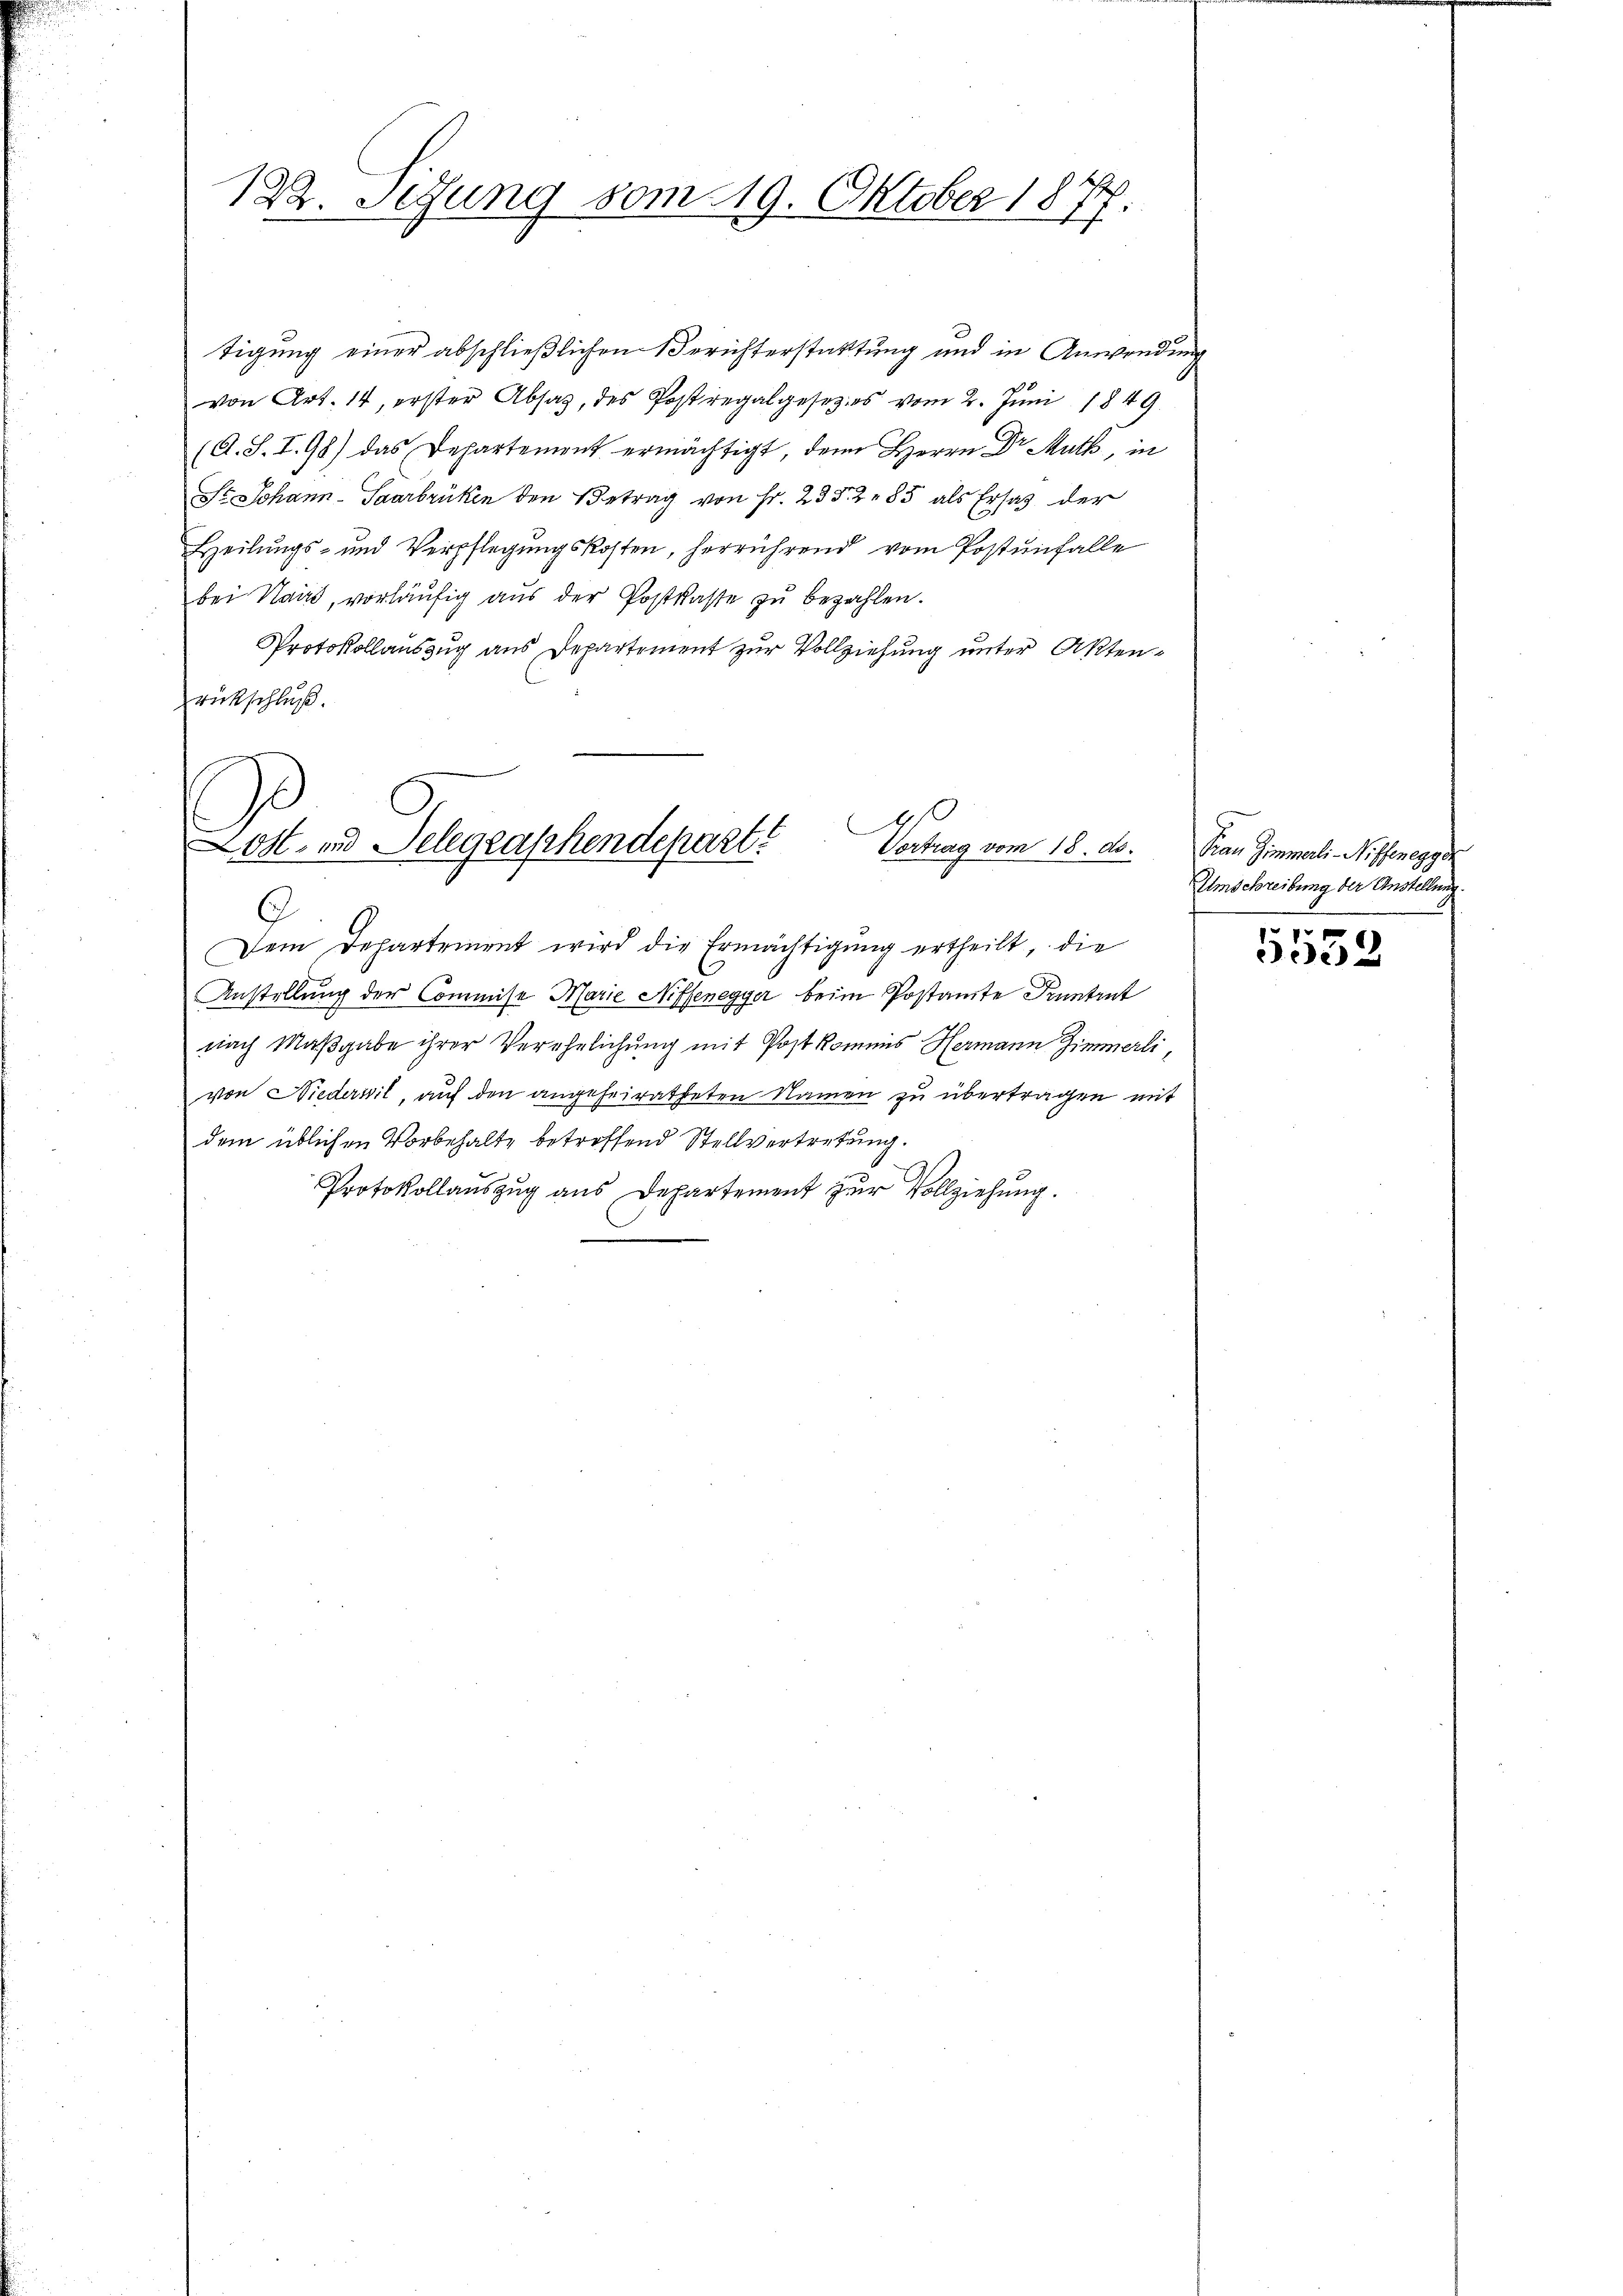
122. Setzung vom 19. Oktober 1877.

tigung einer abschließlichen Berichterstatttung und in Anwendung
von Art. 14, erster Absaz, des Postregalgesetzes vom 2. Juni 1849
(A. S. I. 98) das Departement ermächtigt, den Herrn Dr. Muth, in
St. Johann-Saarbrüken den Betrag von Fr. 23 § 285 als Ersatz der
Heilungs- und Verpflegungskosten, herrührend vom Postenfalle
bei Nand, vorläufig aus der Postkasse zu bezahlen.
Protokollauszug aus Departement zur Vollziehung unter Akten¬
Frütschluß.
E
4
Lost- und Selegraschendepart?
Vortrag vom 18. ds.
9
Dem Departement wird die Ermächtigŭng ertheilt, die
Anstellung der Commise Marie Niffenegger beim Postamte Pruntrut
nach Maßgabe ihrer Verehelichung mit Post kommis Hermann Zimmerli,
von Niedervil, auf den angeheiratheten Namen zu übertragen mit
dem üblichen Vorbehalte betreffend Stellvertretung.
Protokollaŭszŭg aŭs Departement zŭr Vollziehŭng.

Frau Zimmerli-Niffenegger
Umschreibung der Anstellung.

5552